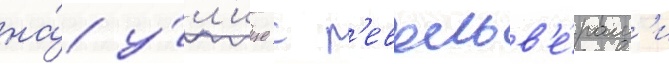
на́ у́л'ице с р'евольв'е́рам'и